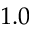
1 . 0